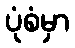
ပုံစံမှာ